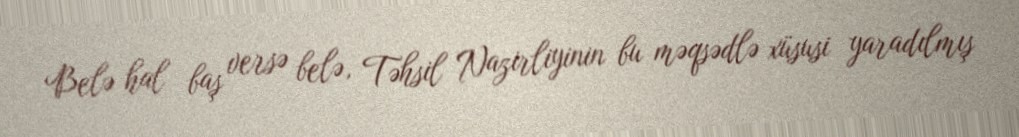
Belə hal baş versə belə, Təhsil Nazirliyinin bu məqsədlə xüsusi yaradılmış